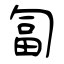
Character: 匐